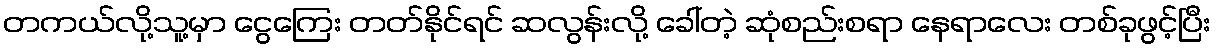
တကယ်လို့သူ့မှာ ငွေကြေး တတ်နိုင်ရင် ဆလွန်းလို့ ခေါ်တဲ့ ဆုံစည်းစရာ နေရာလေး တစ်ခုဖွင့်ပြီး